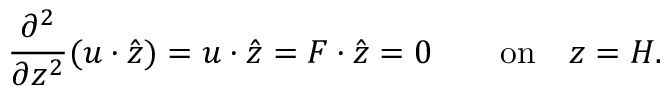
\frac { \ensuremath { \partial } ^ { 2 } } { \ensuremath { \partial } z ^ { 2 } } ( { \ensuremath { \boldsymbol } u } \ensuremath { \boldsymbol \cdot } \hat { \ensuremath { \boldsymbol } z } ) = { \ensuremath { \boldsymbol } u } \ensuremath { \boldsymbol \cdot } \hat { \ensuremath { \boldsymbol } z } = { \ensuremath { \boldsymbol } F } \ensuremath { \boldsymbol \cdot } { \hat { \ensuremath { \boldsymbol } z } } = 0 \qquad \mathrm { o n } \quad z = H .